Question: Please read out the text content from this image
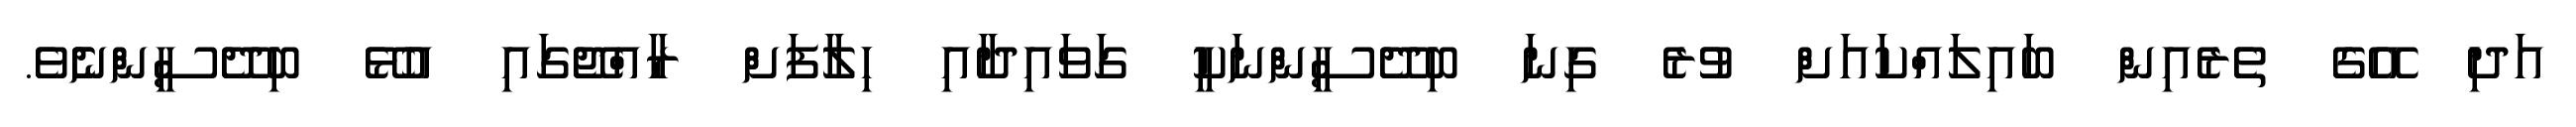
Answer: އަދި އޭގެ ތެރެއިން ބައިލައްކައަށް ވުރެ ގިނަ ބިދޭސީންނަކީ ގަވައިދާއި ހިލާފަށް ރާއްޖޭގައި އުޅޭ ބިދޭސީންނެެވެ.